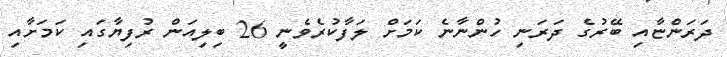
ދަރަންޏާއި ބޭރުގެ ދަރަނި ހުންނާނެ ކަމަށް ލަފާކުރެވެނީ 26 ބިލިއަން ރުފިޔާގައި ކަމަށާއި